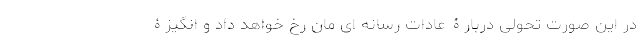
در این صورت تحولی دربارۀ عادات رسانه ای مان رخ خواهد داد و انگیزۀ